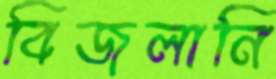
বিজলানি